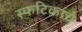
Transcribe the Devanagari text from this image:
स्फटिकांचे